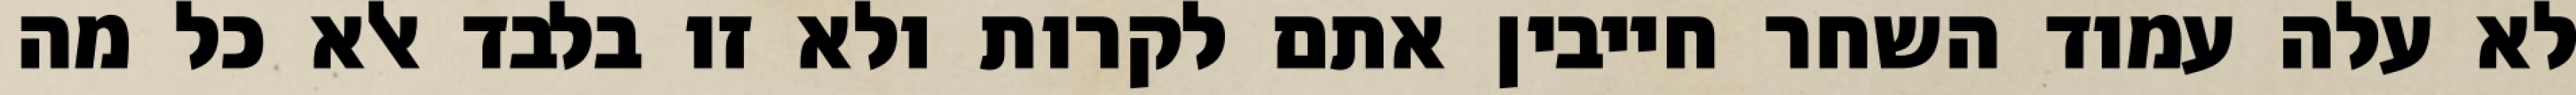
לא עלה עמוד השחר חייבין אתם לקרות ולא זו בלבד אלא כל מה